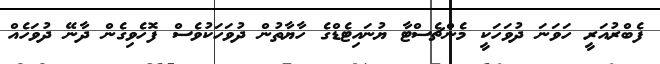
ފެބްރުއަރީ ހަވަނަ ދުވަހަކީ މެންޗެސްޓާ ޔުނައިޓެޑްގެ ހާޔާތުން ދުވަހަކުވެސް ފޮހެވިގެން ދާނޭ ދުވަހެއް